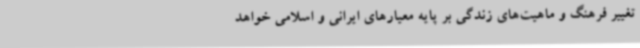
تغییر فرهنگ و ماهیت‌های زندگی بر پایه معیارهای ایرانی و اسلامی خواهد